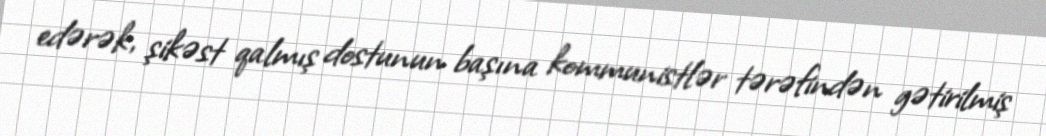
edərək, şikəst qalmış dostunun başına kommunistlər tərəfindən gətirilmiş